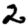
Digit: 2